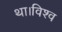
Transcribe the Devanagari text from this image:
था।विश्व